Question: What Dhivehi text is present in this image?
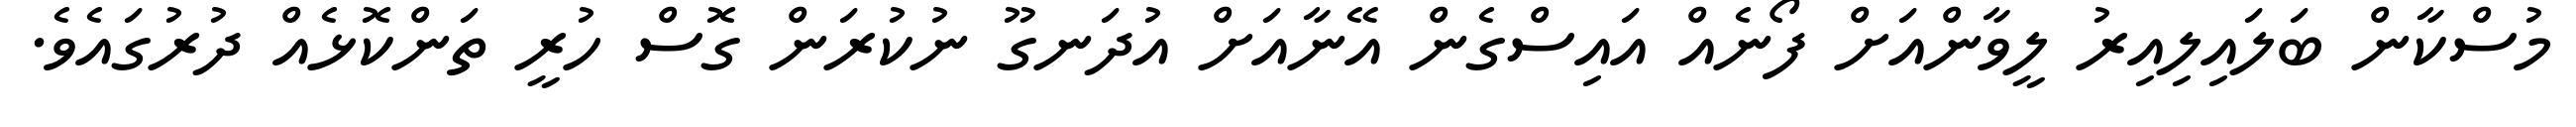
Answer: މުސްކާން ބަލައިލިއިރު ލީވާންއަށް ފޯނެއް އައިސްގެން އޭނާއަށް އުދަނގޫ ނުކުރަން ގޮސް ހުރީ ތަންކޮޅެއް ދުރުގައެވެ.